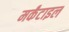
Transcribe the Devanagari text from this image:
मर्कंटाइल